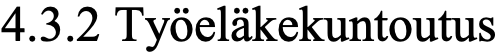
4.3.2 Työeläkekuntoutus